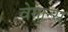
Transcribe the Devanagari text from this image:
वेगान्स